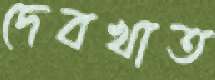
দেবখাত